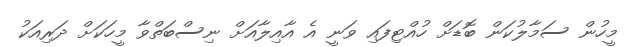
މީހުން ސަމާލުކަން ބޮޑަށް ހުއްޓިފައި ވަނީ އެ އާއިލާއަށް ނިސްބަތްވާ މީހަކަށް ދަރިއަކު